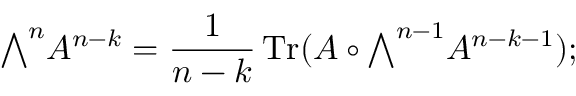
{ \textstyle \bigwedge } ^ { n } A ^ { n - k } = { \frac { 1 } { n - k } } \operatorname { T r } ( A \circ { \textstyle \bigwedge } ^ { n - 1 } A ^ { n - k - 1 } ) ;